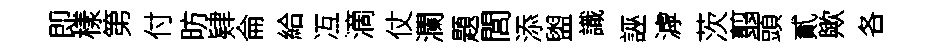
即樣第付昉肄侖給冱滴仗瀾題閭添盥識誣滹茨翦頭貳歟各